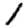
Digit: 1